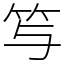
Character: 𥫣